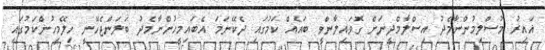
ޣައިރު މުސްލިމުންނާމެދު އިސްލާމްދީނަށް ގޮވައިލާންވީ ބައެއް ކަމުގައި ދެކޭނަމަ އެބައިމީހުންނާމެދު ބަލަންޖެހޭނީ ހިލޭމީހުންކަމުގައި